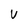
Character: V